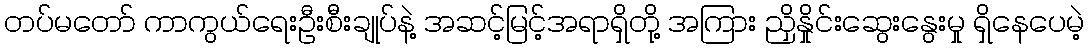
တပ်မတော် ကာကွယ်ရေးဦးစီးချုပ်နဲ့ အဆင့်မြင့်အရာရှိတို့ အကြား ညှိနှိုင်းဆွေးနွေးမှု ရှိနေပေမဲ့